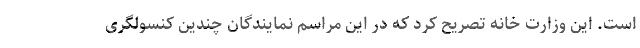
است. این وزارت خانه تصریح کرد که در این مراسم نمایندگان چندین کنسولگری